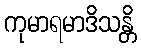
ကုမာရမာဒိသန္တိ